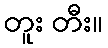
တူး တီး။